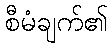
စီမံချက်၏